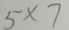
5 \times 7